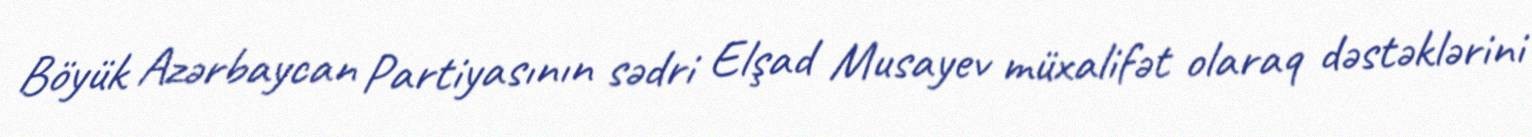
Böyük Azərbaycan Partiyasının sədri Elşad Musayev müxalifət olaraq dəstəklərini